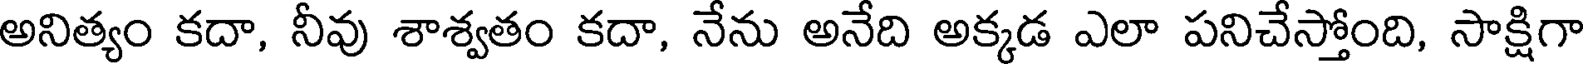
అనిత్యం కదా, నీవు శాశ్వతం కదా, నేను అనేది అక్కడ ఎలా పనిచేస్తోంది, సాక్షిగా